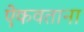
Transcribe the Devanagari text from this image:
ऐकवताना